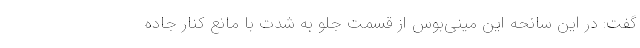
گفت: در این سانحه این مینی‌بوس از قسمت جلو به شدت با مانع کنار جاده